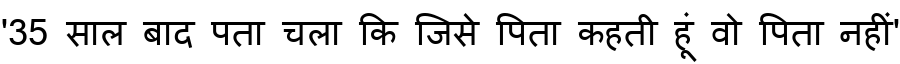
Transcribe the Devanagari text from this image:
'35 साल बाद पता चला कि जिसे पिता कहती हूं वो पिता नहीं'